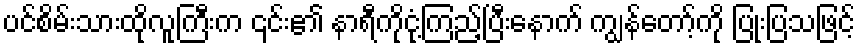
ပင်စိမ်းသားထိုလူကြီးက ၎င်း၏ နာရီကိုငုံ့ကြည့်ပြီးနောက် ကျွန်တော့်ကို ပြုံးပြသဖြင့်